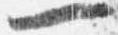
一